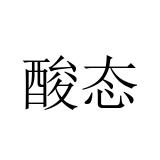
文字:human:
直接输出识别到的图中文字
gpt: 酸态